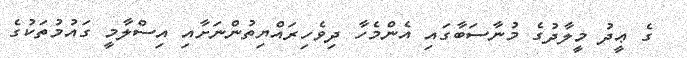
ގެ ޢީދު މީލާދުގެ މުނާސަބާގައި އެންމެހާ ދިވެހިރައްޔިތުންނަށާއި އިސްލާމީ ގައުމުތަކުގެ